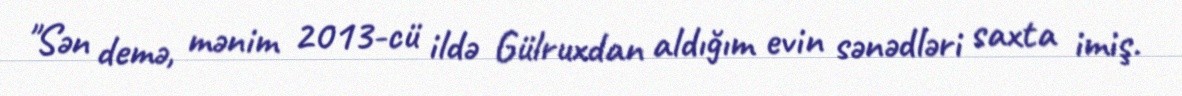
"Sən demə, mənim 2013-cü ildə Gülruxdan aldığım evin sənədləri saxta imiş.